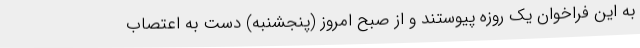
به این فراخوان یک روزه پیوستند و از صبح امروز (پنجشنبه) دست به اعتصاب